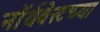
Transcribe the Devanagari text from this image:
नॉर्थवेस्टच्या